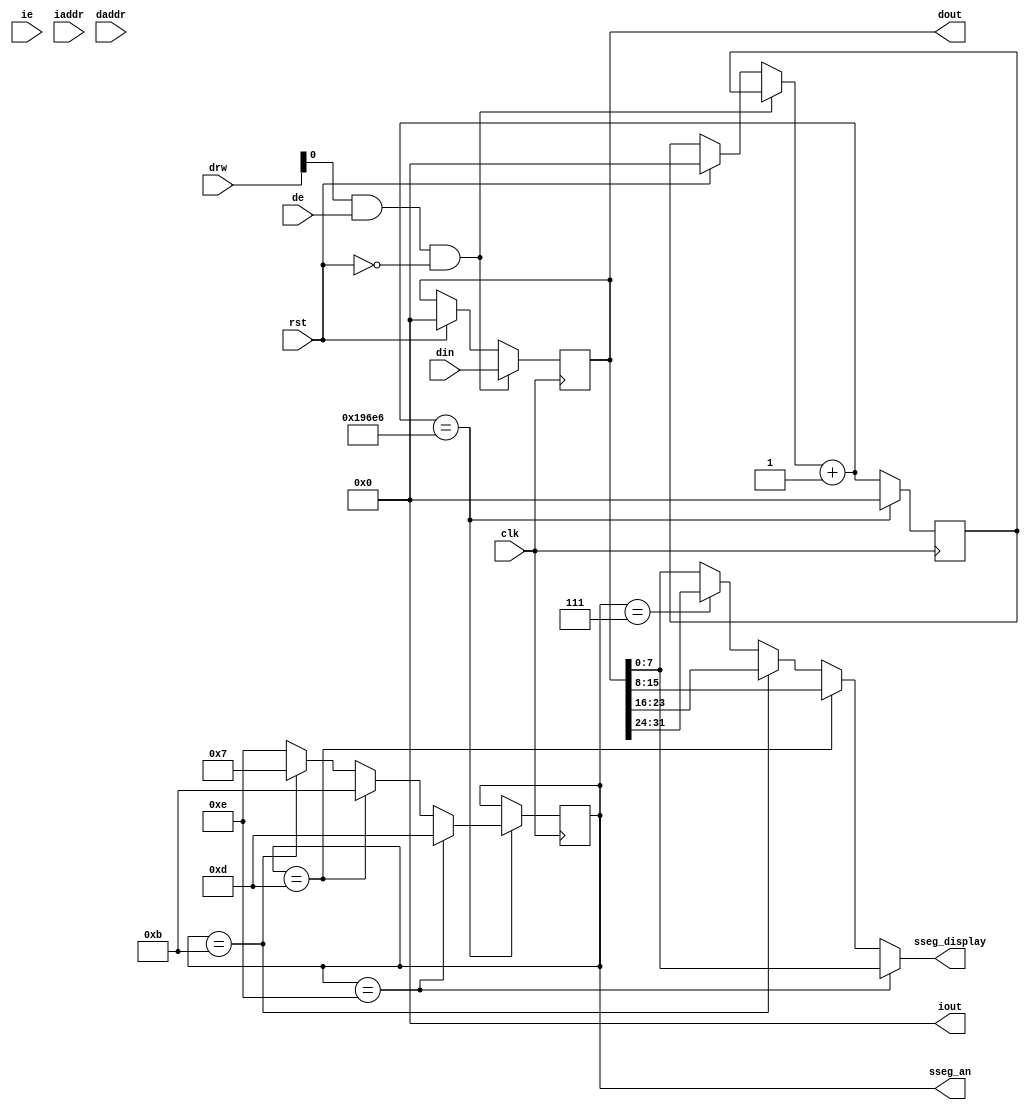
module mod_sseg(rst, clk, ie, de, iaddr, daddr, drw, din, iout, dout, sseg_an, sseg_display);
        input rst;
        input clk;
        input ie,de;
        input [31:0] iaddr, daddr;
        input [1:0] drw;
        input [31:0] din;
        output [31:0] iout, dout;
	output reg [3:0] sseg_an;
	output [7:0] sseg_display;
        wire [31:0] idata, ddata;
        assign iout = idata;
        assign dout = ddata;
	reg [31:0] sseg;
	assign idata = 32'h00000000;
	assign ddata = sseg;
	parameter CLOCK_FREQ = 25000000;
	parameter TICKS = CLOCK_FREQ/240; 
	reg [31:0] counter;
	assign sseg_display = sseg_an == 4'b1110 ? sseg[7:0] : 
			      sseg_an == 4'b1101 ? sseg[15:8] :
			      sseg_an == 4'b1011 ? sseg[23:16] :
			      sseg_an == 4'b0111 ? sseg[31:24] : sseg[7:0];
	always @(negedge clk) begin
		if (drw[0] && de && !rst) begin
			sseg = din;
		end else if (rst) begin
			sseg = 32'h00000000;
			counter = 0;
		end
		counter = counter + 1;
		if (counter == TICKS) begin
			counter = 0;
			sseg_an = sseg_an == 4'b1110 ? 4'b1101 :
				  sseg_an == 4'b1101 ? 4'b1011 :
				  sseg_an == 4'b1011 ? 4'b0111 :
				  sseg_an == 4'b0111 ? 4'b1110 : 4'b1110;
		end
	end
endmodule